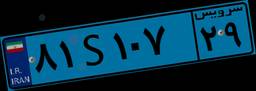
۰۷S۵۵۶۳۶